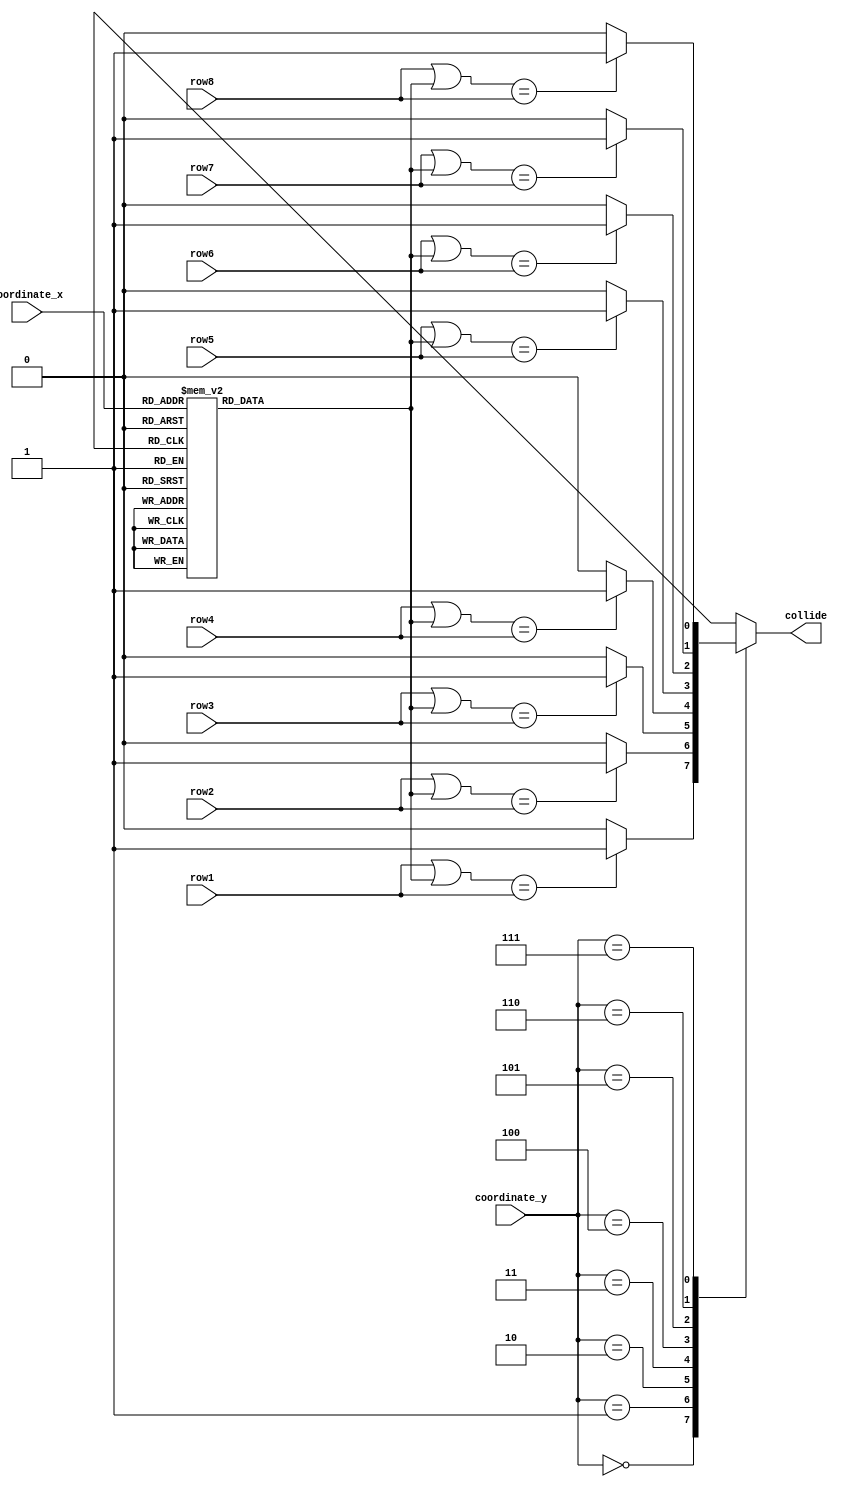
module food_collision_detector(row1,row2,row3,row4,row5,row6,row7,row8,collide,coordinate_x,coordinate_y);

input[7:0] row1,row2,row3,row4,row5,row6,row7,row8;

output reg collide;

input[2:0] coordinate_y;

input[2:0] coordinate_x;

reg[7:0] hold;


always @* begin
						case(coordinate_x)
						3'b0: begin
						hold = 8'b10000000;
						end
						3'b01: begin
						hold = 8'b01000000;
						end
						3'b010: begin
						hold = 8'b00100000;
						end
						3'b011: begin
						hold = 8'b00010000;
						end
						3'b100: begin
						hold = 8'b00001000;
						end
						3'b101: begin
						hold = 8'b00000100;
						end
						3'b110: begin
						hold = 8'b00000010;
						end
						8'b111: begin
						hold = 8'b00000001;
						end
						default: begin
						hold = 8'b00000001;
						end
						endcase

									case (coordinate_y) 
                           3'b000: begin 
						if((row1|hold) == row1)begin
						collide = 1;
						end else begin
						collide = 0;
						end
								end
                           3'b001: begin
						if((row2|hold) == row2)begin
						collide = 1;
						end else begin
						collide = 0;
						end
								end
                           3'b010: begin 
						if((row3|hold) == row3)begin
						collide = 1;
						end else begin
						collide = 0;
						end
								end
                           3'b011: begin 
						if((row4|hold) == row4)begin
						collide = 1;
						end else begin
						collide = 0;
						end
								end
								   3'b100: begin
						if((row5|hold) == row5)begin
						collide = 1;
						end else begin
						collide = 0;
						end			
								end
									3'b101: begin
						if((row6|hold) == row6)begin
						collide = 1;
						end else begin
						collide = 0;
						end
								end
									3'b110: begin
						if((row7|hold) == row7)begin
						collide = 1;
						end else begin
						collide = 0;
						end
								end
									3'b111: begin
						if((row8|hold) == row8)begin
						collide = 1;
						end else begin
						collide = 0;
						end			
								end
									
                           default: begin 
						if((row8|hold) == row8)begin
						collide = 1;
						end else begin
						collide = 0;
						end
								end
									endcase



end
endmodule